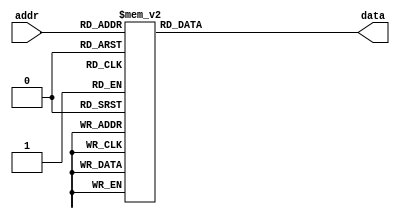
`timescale 1ns / 1ps
//////////////////////////////////////////////////////////////////////////////////
// Company: 
// Engineer: 
// 
// Design Name: 
// Module Name: ROM
// Project Name: 
// Target Devices: 
// Tool Versions: 
// Description: 
// 
// Dependencies: 
// 
// Revision:
// Revision 0.01 - File Created
// Additional Comments:
// 
//////////////////////////////////////////////////////////////////////////////////


module ROM(
    input [6:0] addr,
    output reg [7:0] data
    );    
          
      
    always @*
    case (addr)
        // vacio
             7'h00: data =8'b00000000;
             7'h01: data =8'b00000000;
             7'h02: data =8'b00000000;
             7'h03: data =8'b00000000;
             7'h04: data =8'b00000000;
             7'h05: data =8'b00000000;
             7'h06: data =8'b00000000;
             7'h07: data =8'b00000000;
             7'h08: data =8'b00000000;
             7'h09: data =8'b00000000;
             7'h0a: data =8'b00000000;
             7'h0b: data =8'b00000000;
             7'h0c: data =8'b00000000;
             7'h0d: data =8'b00000000;
             7'h0e: data =8'b00000000;
             7'h0f: data =8'b00000000;
             
       
        //L;
        
             7'h10: data =8'b00000000;
             7'h11: data =8'b00000000;
             7'h12: data =8'b00000000;
             7'h13: data =8'b00000000;
             7'h14: data =8'b11000000;
             7'h15: data =8'b11000000;
             7'h16: data =8'b11000000;
             7'h17: data =8'b11000000;
             7'h18: data =8'b11000000;
             7'h19: data =8'b11000000;
             7'h1a: data =8'b11000000;
             7'h1b: data =8'b11111111;
             7'h1c: data =8'b00000000;
             7'h1d: data =8'b00000000;
             7'h1e: data =8'b00000000;
             7'h1f: data =8'b00000000;
        
        //N
        
             7'h20: data =8'b00000000;
             7'h21: data =8'b00000000;
             7'h22: data =8'b00000000;
             7'h23: data =8'b00000000;
             7'h24: data =8'b11000011;
             7'h25: data =8'b11100011;
             7'h26: data =8'b11110011;
             7'h27: data =8'b11011011;
             7'h28: data =8'b11001111;
             7'h29: data =8'b11000111;
             7'h2a: data =8'b11000011;
             7'h2b: data =8'b11000011;
             7'h2c: data =8'b00000000;
             7'h2d: data =8'b00000000;
             7'h2e: data =8'b00000000;
             7'h2f: data =8'b00000000;
        
        //C
        
             7'h30: data =8'b00000000;
             7'h31: data =8'b00000000;
             7'h32: data =8'b00000000;
             7'h33: data =8'b00000000;
             7'h34: data =8'b00111110;
             7'h35: data =8'b01100001;
             7'h36: data =8'b11000000;
             7'h37: data =8'b10000000;
             7'h38: data =8'b10000000;
             7'h39: data =8'b11000000;
             7'h3a: data =8'b01100001;
             7'h3b: data =8'b00111110;
             7'h3c: data =8'b00000000;
             7'h3d: data =8'b00000000;
             7'h3e: data =8'b00000000;
             7'h3f: data =8'b00000000;
        
        //D
        
             7'h40: data =8'b00000000;
             7'h41: data =8'b00000000;
             7'h42: data =8'b00000000;
             7'h43: data =8'b00000000;
             7'h44: data =8'b11110000;
             7'h45: data =8'b11001100;
             7'h46: data =8'b11000110;
             7'h47: data =8'b11000011;
             7'h48: data =8'b11000011;
             7'h49: data =8'b11000110;
             7'h4a: data =8'b11001100;
             7'h4b: data =8'b11110000;
             7'h4c: data =8'b00000000;
             7'h4d: data =8'b00000000;
             7'h4e: data =8'b00000000;
             7'h4f: data =8'b00000000;
        
        //S
        
             7'h50: data =8'b00000000;
             7'h51: data =8'b00000000;
             7'h52: data =8'b00000000;
             7'h53: data =8'b00000000;
             7'h54: data =8'b00111100;
             7'h55: data =8'b11100111;
             7'h56: data =8'b11100000;
             7'h57: data =8'b11100000;
             7'h58: data =8'b00111100;
             7'h59: data =8'b00000111;
             7'h5a: data =8'b11100111;
             7'h5b: data =8'b00111100;
             7'h5c: data =8'b00000000;
             7'h5d: data =8'b00000000;
             7'h5e: data =8'b00000000;
             7'h5f: data =8'b00000000;
        //V
        
             7'h60: data =8'b00000000;
             7'h61: data =8'b00000000;
             7'h62: data =8'b00000000;
             7'h63: data =8'b00000000;
             7'h64: data =8'b11000011;
             7'h65: data =8'b11000011;
             7'h66: data =8'b11000011;
             7'h67: data =8'b01100110;
             7'h68: data =8'b01100110;
             7'h69: data =8'b01100110;
             7'h6a: data =8'b01111110;
             7'h6b: data =8'b00111000;
             7'h6c: data =8'b00000000;
             7'h6d: data =8'b00000000;
             7'h6e: data =8'b00000000;
             7'h6f: data =8'b00000000;
             default: data=8'b00000000;
            
            
           endcase
endmodule